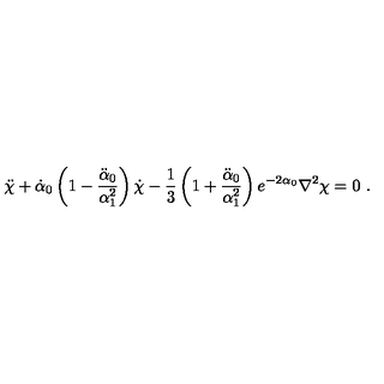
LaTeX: \ddot { \chi } + \dot { \alpha } _ { 0 } \left( 1 - \frac { \ddot { \alpha } _ { 0 } } { \alpha _ { 1 } ^ { 2 } } \right) \dot { \chi } - \frac { 1 } { 3 } \left( 1 + \frac { \ddot { \alpha } _ { 0 } } { \alpha _ { 1 } ^ { 2 } } \right) e ^ { - 2 \alpha _ { 0 } } \nabla ^ { 2 } \chi = 0 \ .